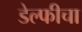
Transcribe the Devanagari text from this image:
डेल्फीचा